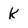
Character: k